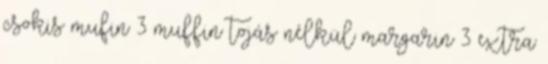
csokis mufin 3 muffin tojás nélkül margarin 3 extra